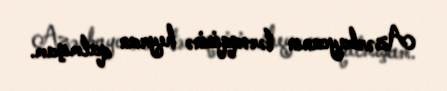
Azərbaycanın tərəqqisinə heyran qalmışam.